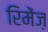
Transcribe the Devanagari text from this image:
रिमेंज़